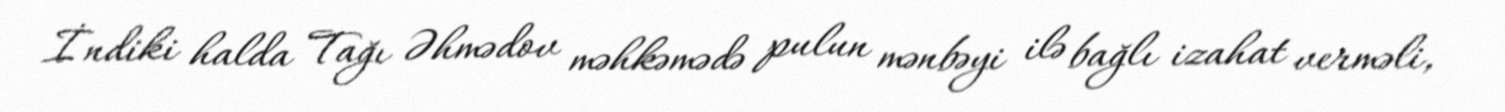
İndiki halda Tağı Əhmədov məhkəmədə pulun mənbəyi ilə bağlı izahat verməli,